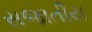
સજાતીય